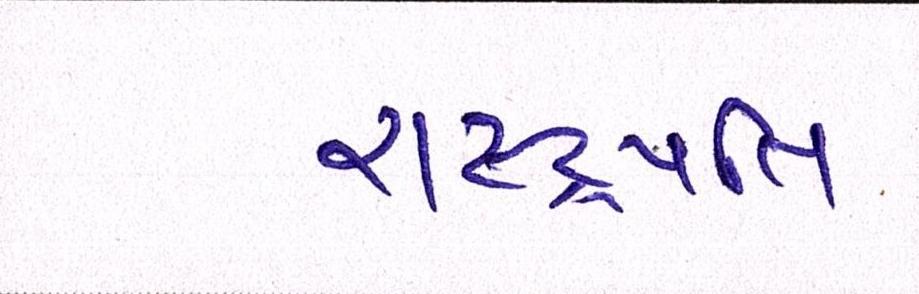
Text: રાષ્ટ્રપતિ